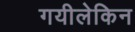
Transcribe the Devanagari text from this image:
गयीलेकिन